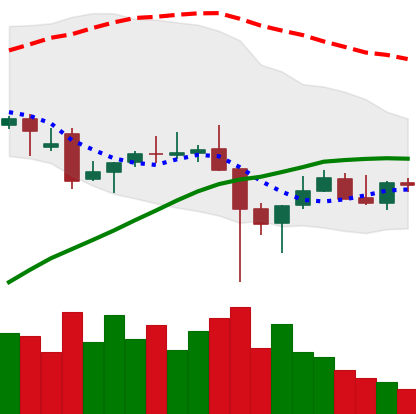
Ticker: TRX-USD
Chart end date: 2021-12-12
Forward return: -12.558%
Label: down_7plus